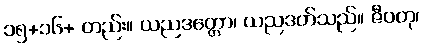
၁၅+၁၆+ တည်း။ ယညဒတ္တော၊ ယညဒတ်သည်။ ဇီဝတု၊